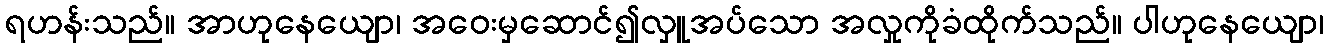
ရဟန်းသည်။ အာဟုနေယျော၊ အဝေးမှဆောင်၍လှူအပ်သော အလှုကိုခံထိုက်သည်။ ပါဟုနေယျော၊